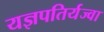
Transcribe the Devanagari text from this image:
यज्ञपतिर्यज्वा